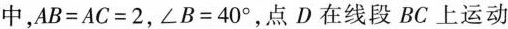
中，$$AB=AC=2$$，$$\angle B=40^{\circ}$$，点D在线段BC上运动